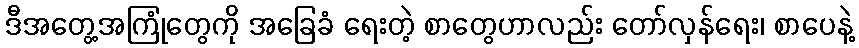
ဒီအတွေ့အကြုံတွေကို အခြေခံ ရေးတဲ့ စာတွေဟာလည်း တော်လှန်ရေး၊ စာပေနဲ့